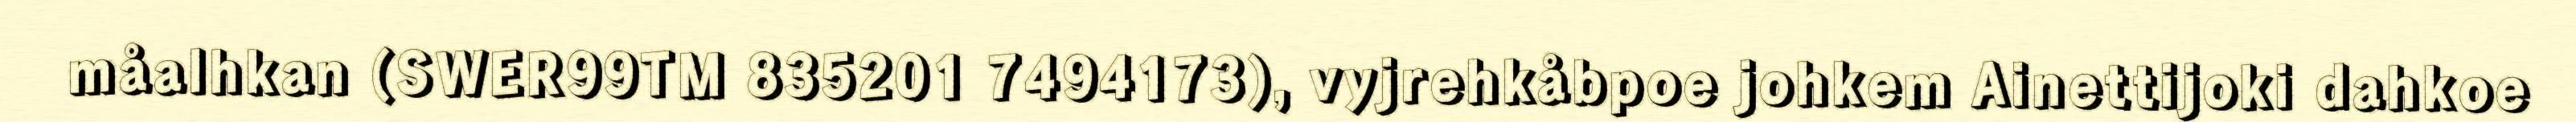
måalhkan (SWER99TM 835201 7494173), vyjrehkåbpoe johkem Ainettijoki dahkoe